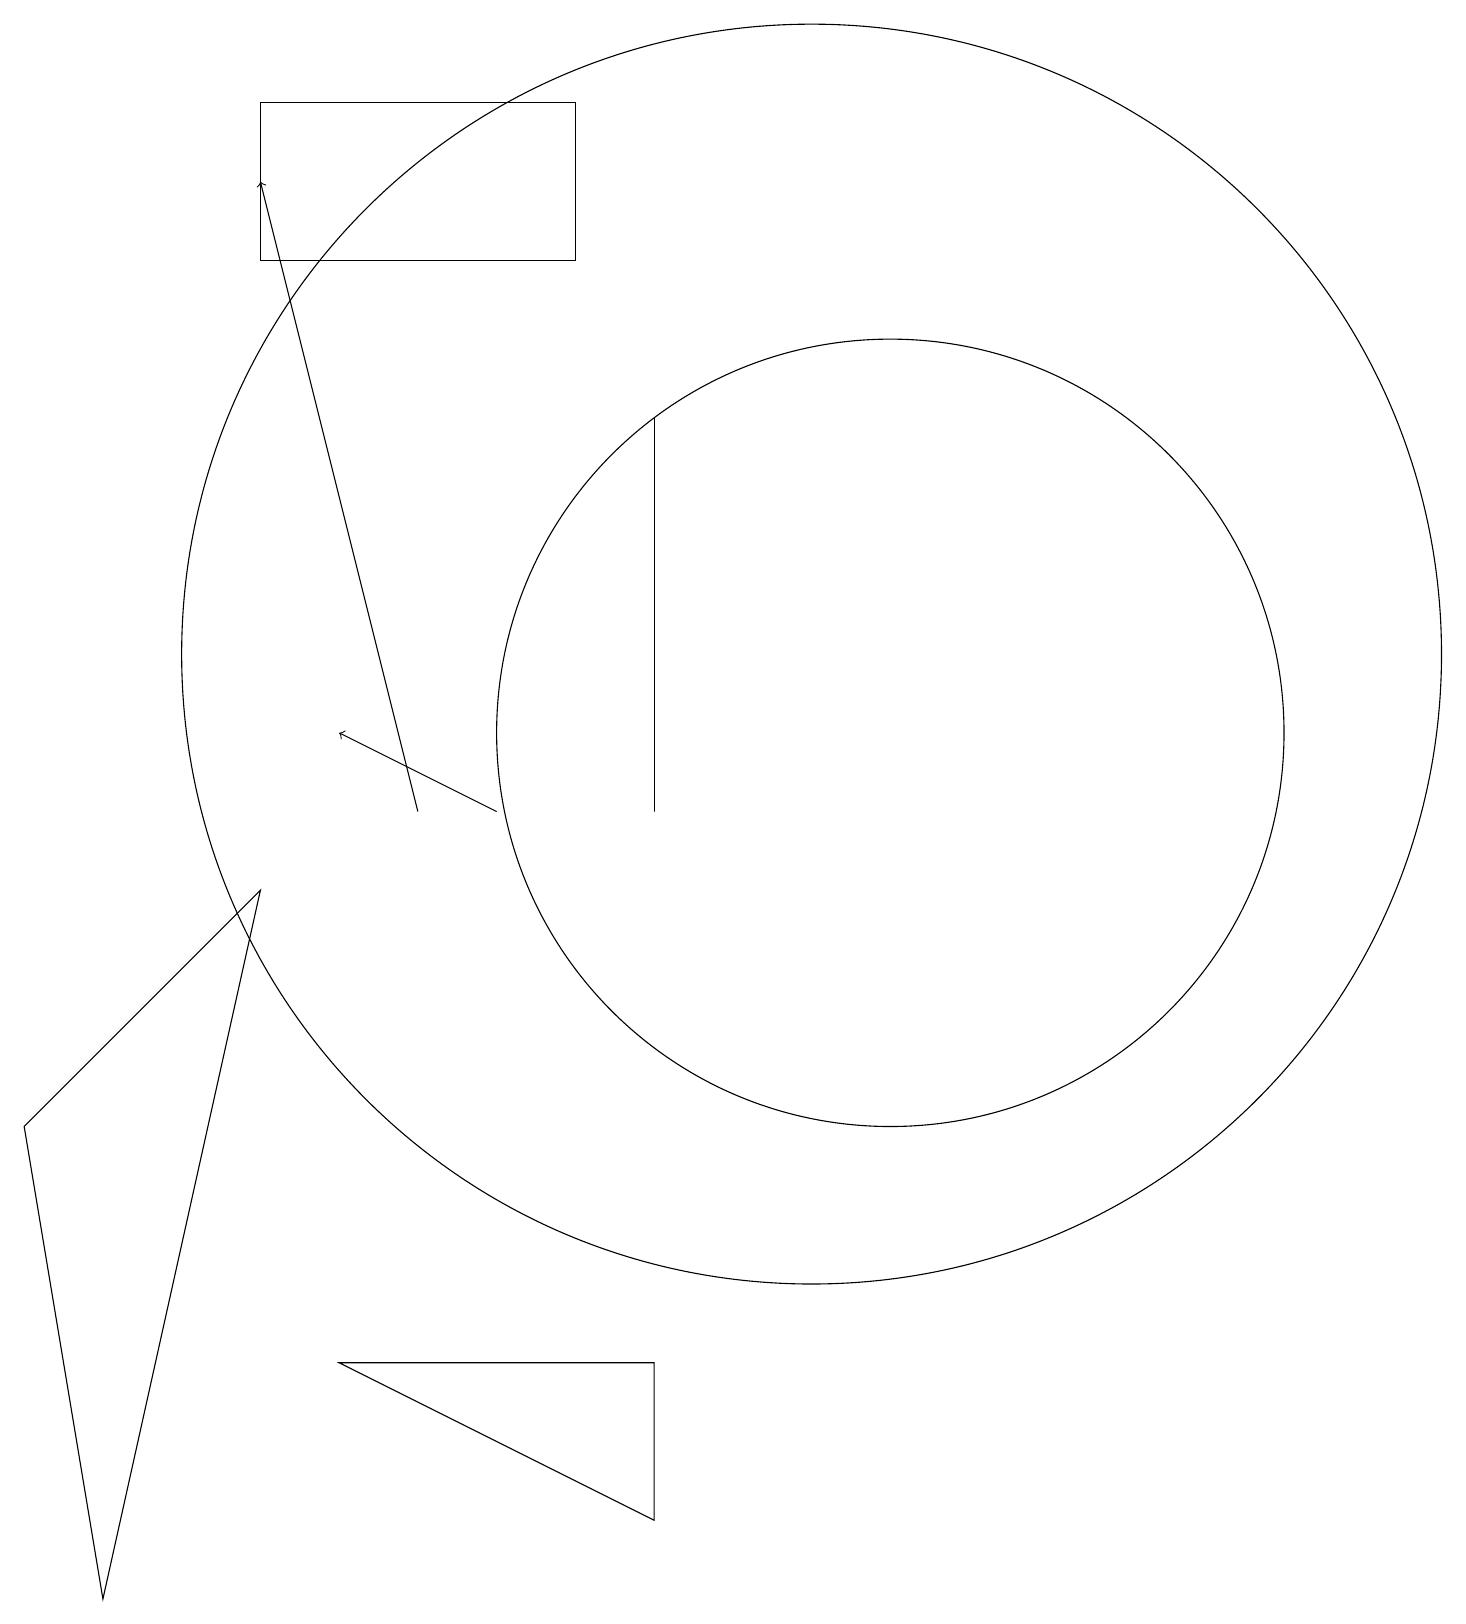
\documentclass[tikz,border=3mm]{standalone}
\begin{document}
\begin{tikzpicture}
\draw (10,12) circle (8);
\draw (7,19) rectangle (3,17);
\draw[->] (6,10) -- (4,11);
\draw (11,11) circle (5);
\draw[->] (5,10) -- (3,18);
\draw (8,1) -- (4,3) -- (8,3) -- cycle;
\draw (8,10) rectangle (8,15);
\draw (0,6) -- (1,0) -- (3,9) -- cycle;
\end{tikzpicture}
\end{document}